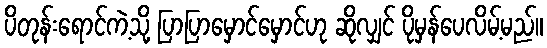
ပိတုန်းရောင်ကဲ့သို့ ပြာပြာမှောင်မှောင်ဟု ဆိုလျှင် ပိုမှန်ပေလိမ့်မည်။